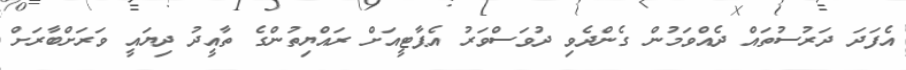
އެފަދަ ދަރުސުތައް ދެއްވަމުން ގެންދެވި ދުވަސްވަރު އެޕާޓީއަށް ރައްޔިތުންގެ ތާއީދު ދިޔައީ ވަރަށްބާރަށް